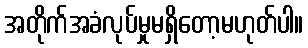
အတိုက်အခံလုပ်မှုမရှိတော့မဟုတ်ပါ။